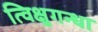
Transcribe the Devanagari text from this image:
त्विक्षुगन्धा